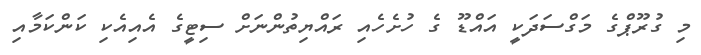
މި ގުރޫޕްގެ މަގްސަދަކީ އައްޑޫ ގެ ހުށެހެއި ރައްޔިތުންނަށް ސިޓީގެ އެއިއެކި ކަންކަމާއި